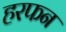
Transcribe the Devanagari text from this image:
हरफन